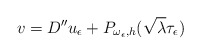
\begin{align*}v=D''u_\epsilon+P_{\omega_{\epsilon},h}(\sqrt{\lambda}\tau_\epsilon)\end{align*}